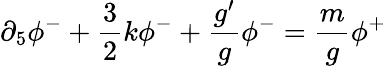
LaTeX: \partial_{5}\phi^{-}+\frac{3}{2}k\phi^{-}+\frac{g^{\prime}}{g}\phi^{-}=\frac{m}{g}\phi^{+}